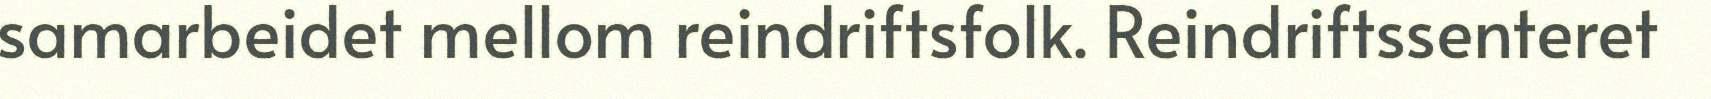
samarbeidet mellom reindriftsfolk. Reindriftssenteret